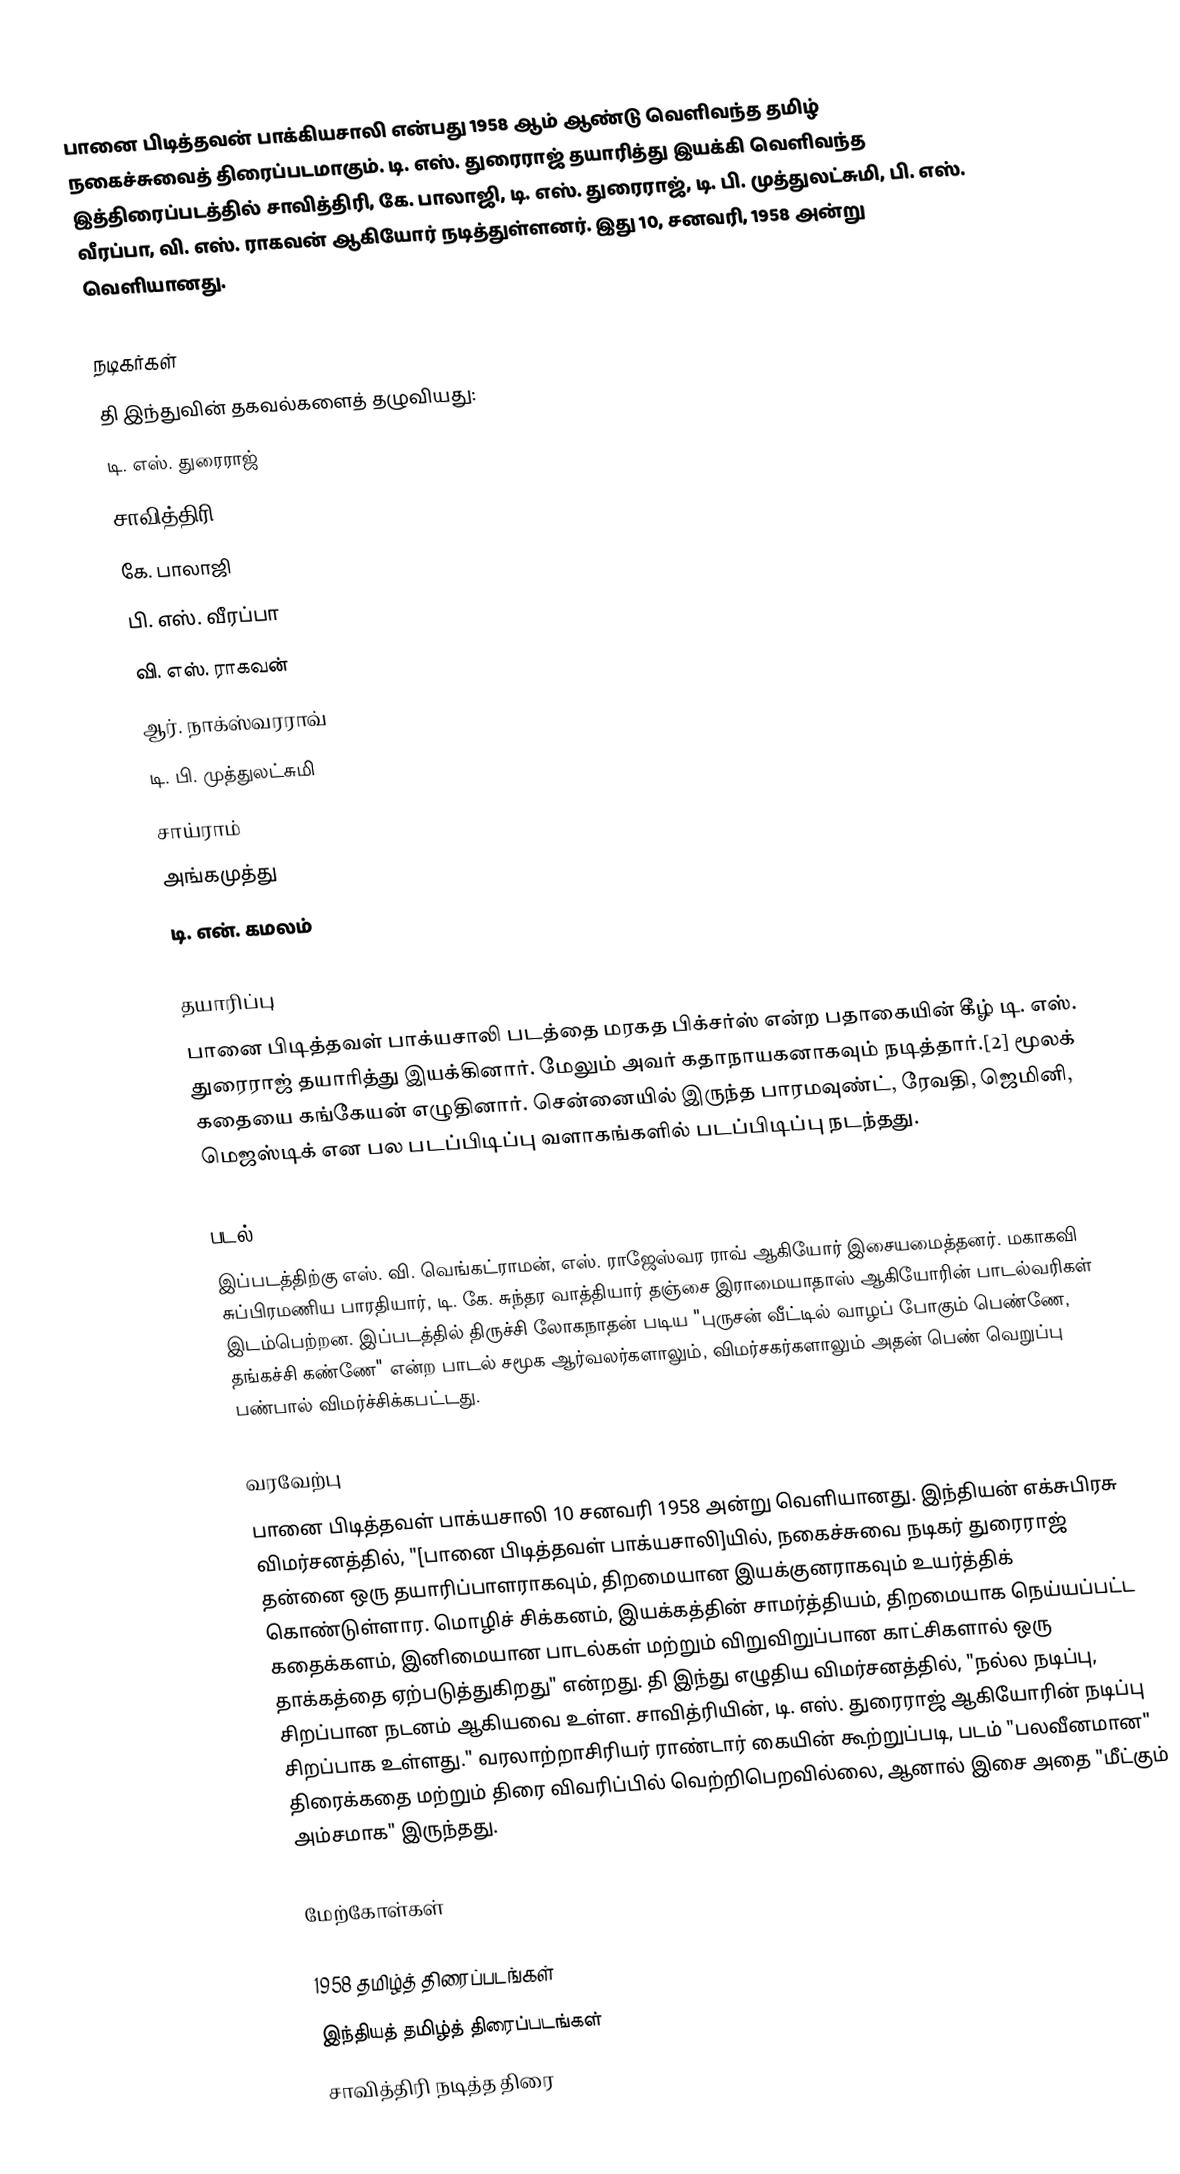
பானை பிடித்தவன் பாக்கியசாலி என்பது 1958 ஆம் ஆண்டு வெளிவந்த தமிழ் நகைச்சுவைத் திரைப்படமாகும். டி. எஸ். துரைராஜ் தயாரித்து இயக்கி வெளிவந்த இத்திரைப்படத்தில் சாவித்திரி, கே. பாலாஜி, டி. எஸ். துரைராஜ், டி. பி. முத்துலட்சுமி, பி. எஸ். வீரப்பா, வி. எஸ். ராகவன் ஆகியோர் நடித்துள்ளனர். இது 10, சனவரி, 1958 அன்று வெளியானது.

நடிகர்கள்
தி இந்துவின் தகவல்களைத் தழுவியது:
 டி. எஸ். துரைராஜ்
 சாவித்திரி
 கே. பாலாஜி
 பி. எஸ். வீரப்பா
 வி. எஸ். ராகவன்
 ஆர். நாக்ஸ்வரராவ்
 டி. பி. முத்துலட்சுமி
 சாய்ராம்
 அங்கமுத்து
 டி. என். கமலம்

தயாரிப்பு
பானை பிடித்தவள் பாக்யசாலி படத்தை மரகத பிக்சர்ஸ் என்ற பதாகையின் கீழ் டி. எஸ். துரைராஜ் தயாரித்து இயக்கினார். மேலும் அவர் கதாநாயகனாகவும் நடித்தார்.[2] மூலக் கதையை கங்கேயன் எழுதினார். சென்னையில் இருந்த பாரமவுண்ட், ரேவதி, ஜெமினி, மெஜஸ்டிக் என பல படப்பிடிப்பு வளாகங்களில் படப்பிடிப்பு நடந்தது.

படல்
இப்படத்திற்கு எஸ். வி. வெங்கட்ராமன், எஸ். ராஜேஸ்வர ராவ் ஆகியோர் இசையமைத்தனர். மகாகவி சுப்பிரமணிய பாரதியார், டி. கே. சுந்தர வாத்தியார் தஞ்சை இராமையாதாஸ் ஆகியோரின் பாடல்வரிகள் இடம்பெற்றன. இப்படத்தில் திருச்சி லோகநாதன் படிய  "புருசன் வீட்டில் வாழப் போகும் பெண்ணே, தங்கச்சி கண்ணே" என்ற பாடல் சமூக ஆர்வலர்களாலும், விமர்சகர்களாலும் அதன் பெண் வெறுப்பு பண்பால் விமர்ச்சிக்கபட்டது.

வரவேற்பு
பானை பிடித்தவள் பாக்யசாலி 10 சனவரி 1958 அன்று வெளியானது. இந்தியன் எக்சுபிரசு விமர்சனத்தில், "[பானை பிடித்தவள் பாக்யசாலி]யில், நகைச்சுவை நடிகர் துரைராஜ் தன்னை ஒரு தயாரிப்பாளராகவும், திறமையான இயக்குனராகவும் உயர்த்திக் கொண்டுள்ளார. மொழிச் சிக்கனம், இயக்கத்தின் சாமர்த்தியம், திறமையாக நெய்யப்பட்ட கதைக்களம், இனிமையான பாடல்கள் மற்றும் விறுவிறுப்பான காட்சிகளால் ஒரு தாக்கத்தை ஏற்படுத்துகிறது" என்றது. தி இந்து எழுதிய விமர்சனத்தில், "நல்ல நடிப்பு, சிறப்பான நடனம் ஆகியவை உள்ள. சாவித்ரியின், டி. எஸ். துரைராஜ் ஆகியோரின் நடிப்பு சிறப்பாக உள்ளது."  வரலாற்றாசிரியர் ராண்டார் கையின் கூற்றுப்படி, படம் "பலவீனமான" திரைக்கதை மற்றும் திரை விவரிப்பில் வெற்றிபெறவில்லை, ஆனால் இசை அதை "மீட்கும் அம்சமாக" இருந்தது.

மேற்கோள்கள்

1958 தமிழ்த் திரைப்படங்கள்
இந்தியத் தமிழ்த் திரைப்படங்கள்
சாவித்திரி நடித்த திரை